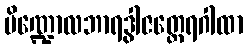
ပိဏ္ဍောလဘာရဒွါဇတ္ထေရဂါထာ